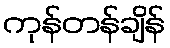
ကုန်တန်ချိန်